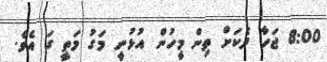
8:00 ޖަހާ ދެކަށް ތިން މީހުން އުޅުނީ މަގު މަތީ ގަ އެވެ.